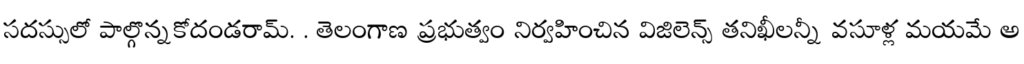
సదస్సులో పాల్గొన్నకోదండరామ్. . తెలంగాణ ప్రభుత్వం నిర్వహించిన విజిలెన్స్ తనిఖీలన్నీ వసూళ్ల మయమే అ